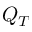
Q _ { T }